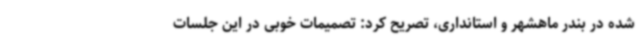
شده در بندر ماهشهر و استانداری، تصریح کرد: تصمیمات خوبی در این جلسات